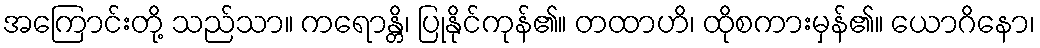
အကြောင်းတို့ သည်သာ။ ကရောန္တိ၊ ပြုနိုင်ကုန်၏။ တထာဟိ၊ ထိုစကားမှန်၏။ ယောဂိနော၊